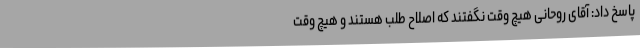
پاسخ داد: آقای روحانی هیچ وقت نگفتند که اصلاح طلب هستند و هیچ وقت